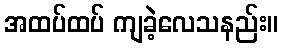
အထပ်ထပ် ကျခဲ့လေသနည်း။